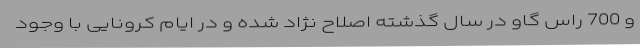
و 700 راس گاو در سال گذشته اصلاح نژاد شده و در ایام کرونایی با وجود